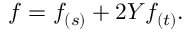
f = f _ { ( s ) } + 2 Y f _ { ( t ) } .